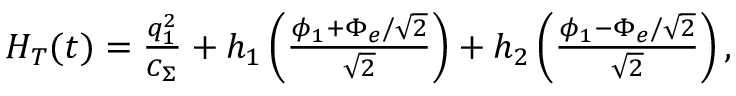
\begin{array} { r } { H _ { T } ( t ) = \frac { q _ { 1 } ^ { 2 } } { C _ { \Sigma } } + h _ { 1 } \left( \frac { \phi _ { 1 } + \Phi _ { e } / \sqrt { 2 } } { \sqrt { 2 } } \right) + h _ { 2 } \left( \frac { \phi _ { 1 } - \Phi _ { e } / \sqrt { 2 } } { \sqrt { 2 } } \right) , } \end{array}